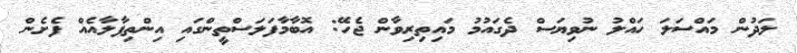
ލަދުން މައްސަލަ ހައްލު ނުވިޔަސް ދެގައުމު މައިތިރިވާން ޖެހޭ: އޮބާމާފަލަސްތީންގައި އިންތިފާލާއެއް ފެށެން